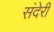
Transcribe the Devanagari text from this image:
संदेरी